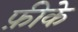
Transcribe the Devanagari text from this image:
फ़ीके